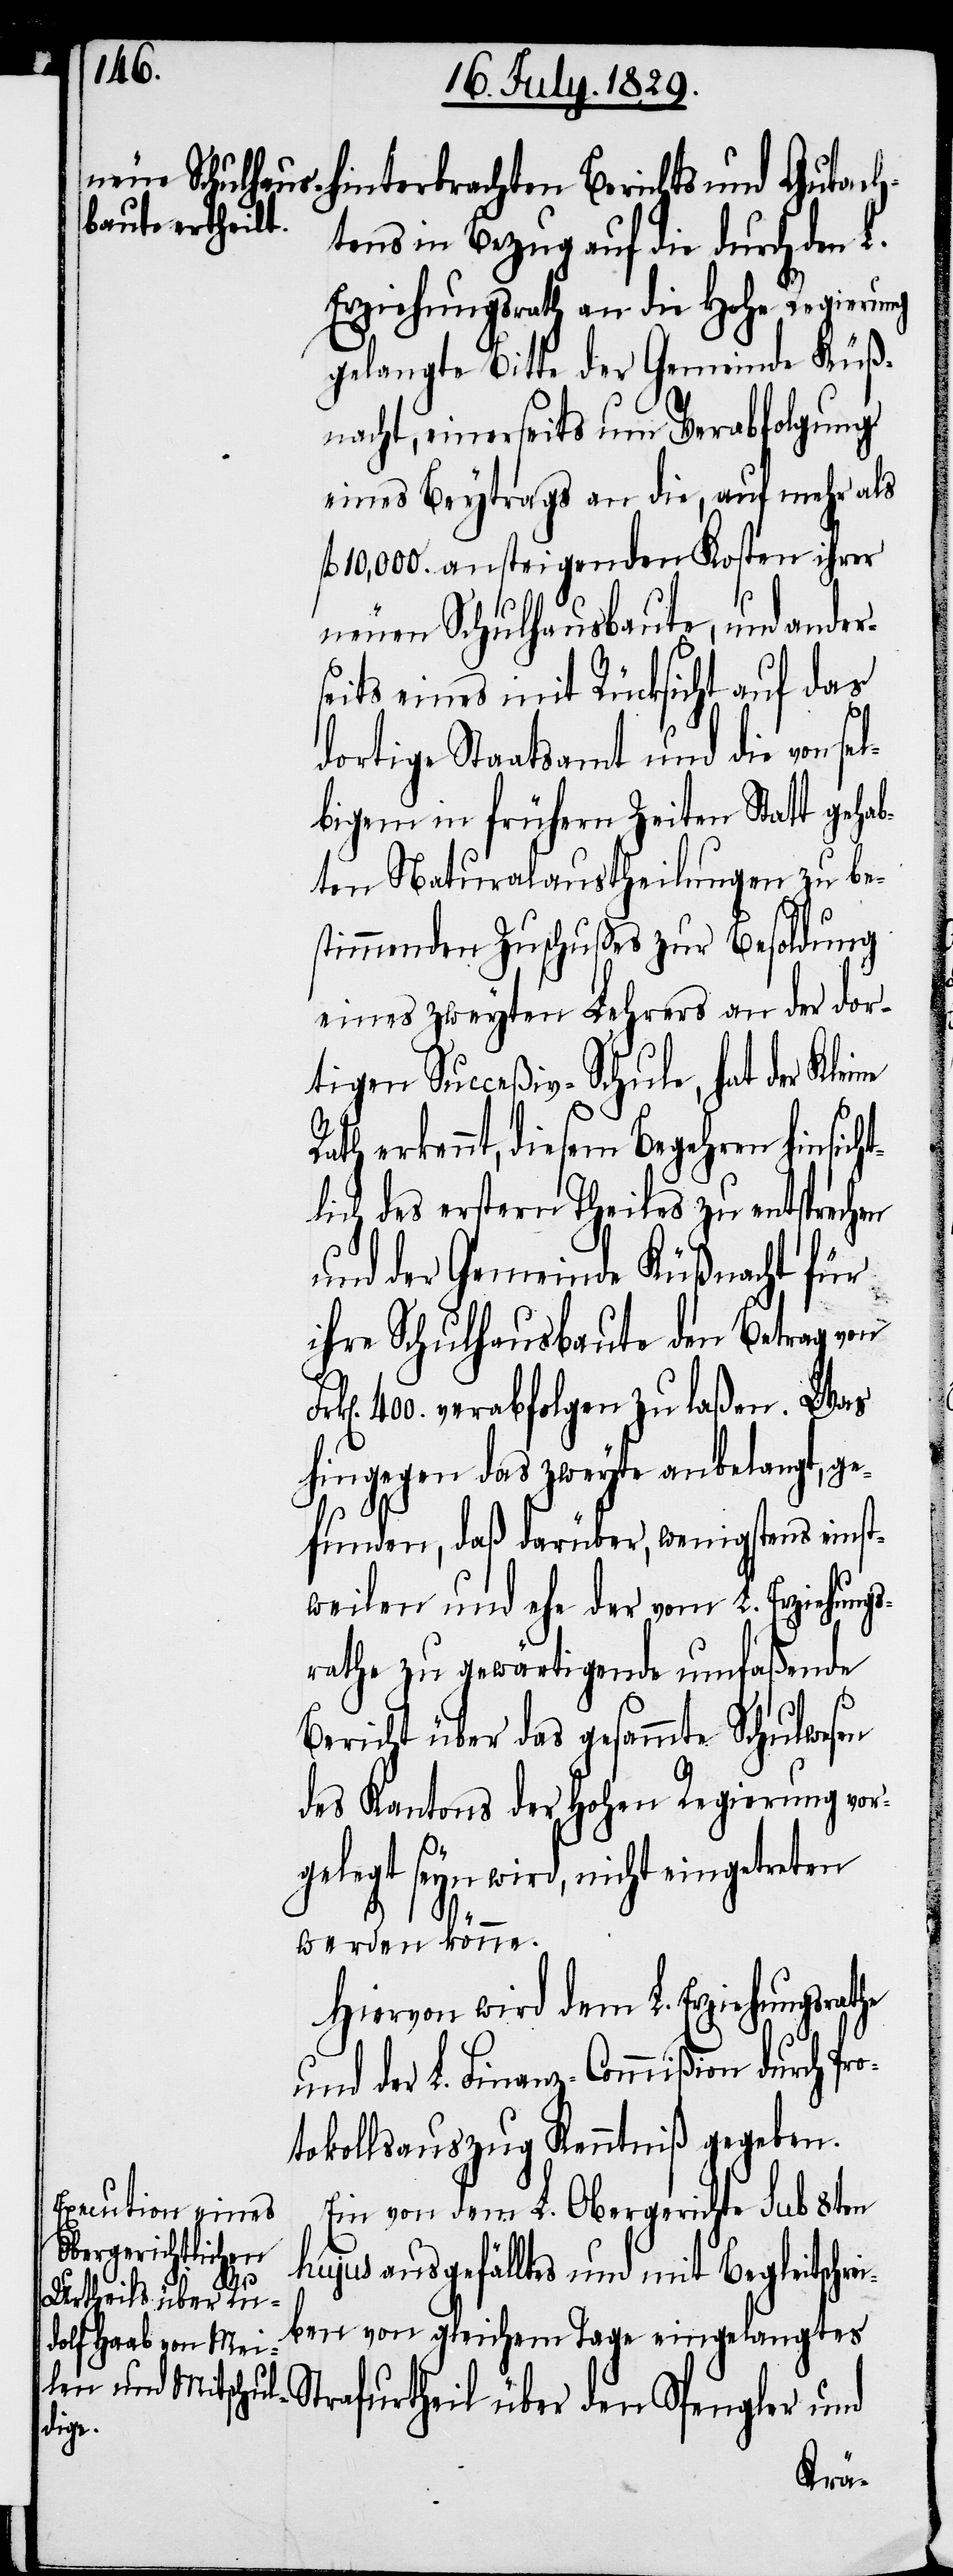
htens in Bezug auf die durch den L.
Erziehungsrath an die Hohe Regierung
gelangte Bitte der Gemeinde Küß¬
nacht, einerseits um Verabfolgung
eines Beytrags an die, auf mehr als
10,000. ansteigenden Kosten ihrer
neuen Schulhausbaute, und ander¬
seits eines mit Rücksicht auf das
dortige Staatsamt und die von se¬
lbigem in frühern Zeiten Statt gehab¬
ten Naturalaustheilungen zu be¬
stimmenden Zuschußes zur Besoldung
eines zweyten Lehrers an der dor¬
tigen Succeßiv-Schule, hat der Kleine
erkennt, diesem Begehren hinsich¬
tlich des erstern Theiles zu entsprechen
und der Gemeinde Küßnacht für
ihre Schulhausbaute den Betrag von
400. verabfolgen zu laßen. Was
hingegen das zweyte angelangt, ge¬
funden, daß darüber, wenigstens einst¬
weilen und ehe der vom L. Erziehung¬
srathe zu gewärtigende umfaßende
Bericht über das gesammte Schulwesen
des Kantons der Hohen Regierung vor¬
gelegt seyn wird, nicht eingetreten
werden könne.
Hiervon wird dem L. Erziehungsrathe
und der L. Finanz-Commißion durch Pro¬
tokollsauszug Kenntniß gegeben.
Ein von dem L. Obergerichte sub 8ten
hujus ausgefälltes und mit Begleitschre¬
Gutac¬
urtheil über den
iben von gleichem Tage eingelangtes
Straf¬